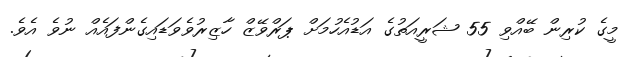
މީގެ ކުރިން ބޭއްވި 55 ޝަރީއަތުގެ އަޑުއެހުމަށް ޕަރްވޭޒް ހާޒިރުވެވަޑައިގެންފައެއް ނުވެ އެވެ.